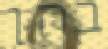
בהן